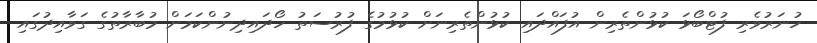
ހުނަރުވެރި ފުޓްބޯޅަ ކުޅުންތެރިން އުފައްދައި ކުޅުންތެރިނަށް ކުޅުމުގެ ފުރުސަތު ހޯދައިދިނުންކަމަށް މުބާރާތުގެ ގަވާއިދުގައި